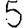
Digit: 5